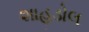
શાહડોલ